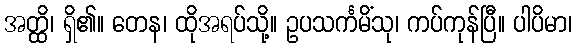
အတ္ထိ၊ ရှိ၏။ တေန၊ ထိုအရပ်သို့။ ဥပသင်္ကမိံသု၊ ကပ်ကုန်ပြီ။ ပါပိမာ၊